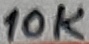
Text: 10K